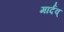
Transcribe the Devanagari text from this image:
मार्दव्